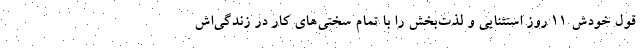
قول خودش ۱۱ روز استثنایی و لذت‌بخش را با تمام سختی‌های کار در زندگی‌اش